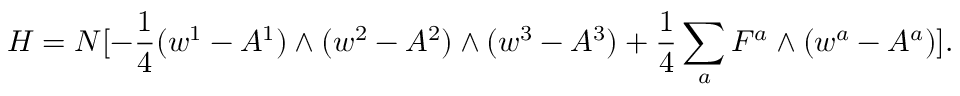
H = N [ - { \frac { 1 } { 4 } } ( w ^ { 1 } - A ^ { 1 } ) \wedge ( w ^ { 2 } - A ^ { 2 } ) \wedge ( w ^ { 3 } - A ^ { 3 } ) + { \frac { 1 } { 4 } } \sum _ { a } F ^ { a } \wedge ( w ^ { a } - A ^ { a } ) ] .